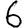
Digit: 6